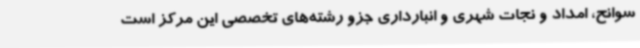
سوانح، امداد و نجات شهری و انبارداری جزو رشته‌های تخصصی این مرکز است